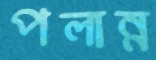
পলান্ন